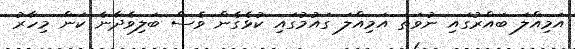
އަމިއްލަ ބައްރުގައި ނުވަތަ އަމިއްލަ ގައުމުގައި ކުޅެގެން ވެސް ބަލިވެދާނެ ކަން މިހާރު